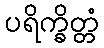
ပရိက္ခိတ္တံ